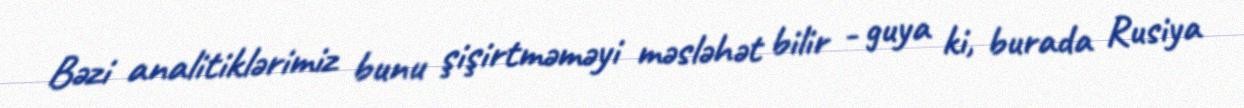
Bəzi analitiklərimiz bunu şişirtməməyi məsləhət bilir - guya ki, burada Rusiya